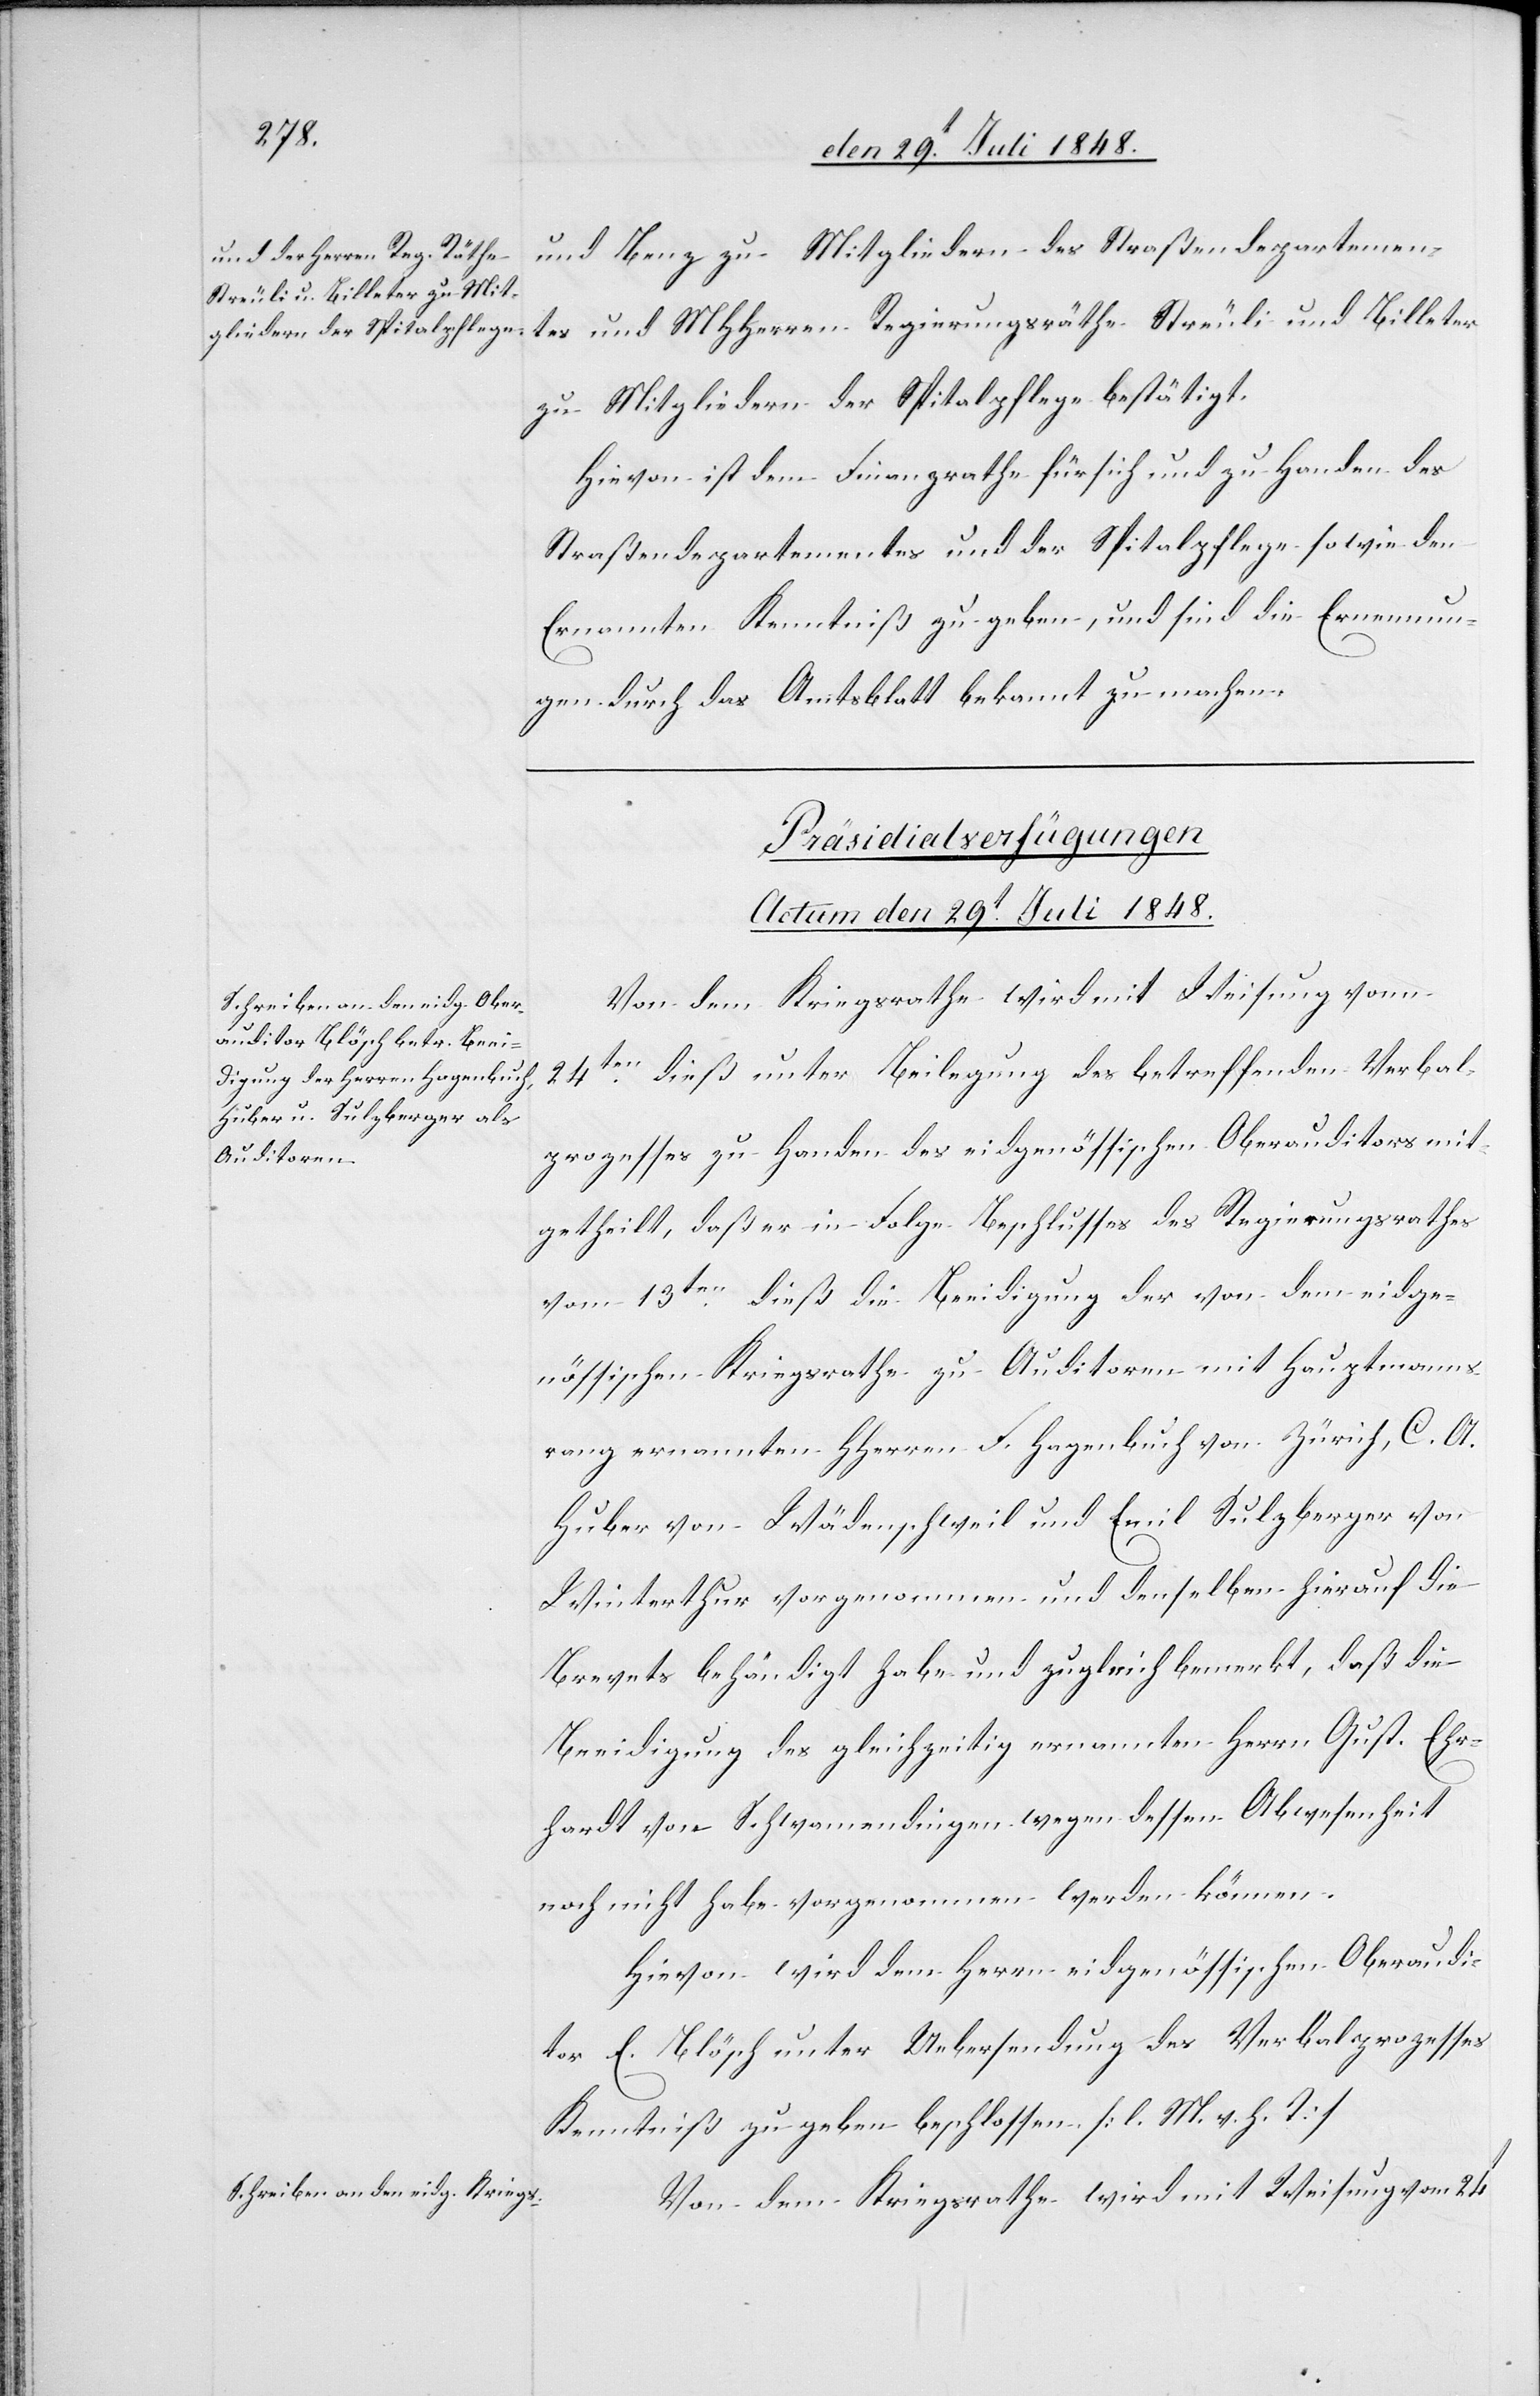
und Benz zu Mitgliedern des Straßendepartemen¬
tes und MHHerren Regierungsräthe Streuli und Billeter
zu Mitgliedern der Spitalpflege bestätigt.
Hievon ist dem Finanzrathe für sich und zu Handen des
Straßendepartementes und der Spitalpflege sowie den
Ernannten Kenntniß zu geben, und sind die Ernennun¬
gen durch das Amtsblatt bekannt zu machen.
[Präsidialverfügungen.
Actum den 29t Juli 1848.]
Von dem Kriegsrathe wird mit Weisung vom
24ten dieß unter Beilegung des betreffenden Verbal¬
prozesses zu Handen des eidgenössischen Oberauditors mit¬
getheilt, daß er in Folge Beschlusses des Regierungsrathes
vom 13ten dieß die Beeidigung der von dem eidge¬
nössischen Kriegsrathe zu Auditoren mit Hauptmanns¬
rang ernannten HHerren F. Hagenbuch von Zürich, C. A.
Huber von Wädenschweil und Emil Sulzberger von
Winterthur vorgenommen und denselben hierauf die
Brevets behändigt habe und zugleich bemerkt, daß die
Beeidigung des gleichzeitig ernannten Herrn Gust. Ehr¬
hardt von Schwamendingen wegen dessen Abwesenheit
noch nicht habe vorgenommen werden können.
Hievon wird dem Herrn eidgenössischen Oberaudi¬
tor E. Blösch unter Uebersendung des Verbalprozesses
Kenntniß zu geben beschlossen. [l. M. v. h. T]
Von dem Kriegsrathe wird mit Weisung vom 24t